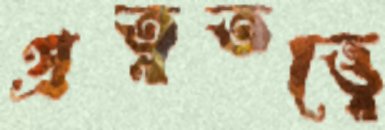
প্রত্নতত্ত্বে